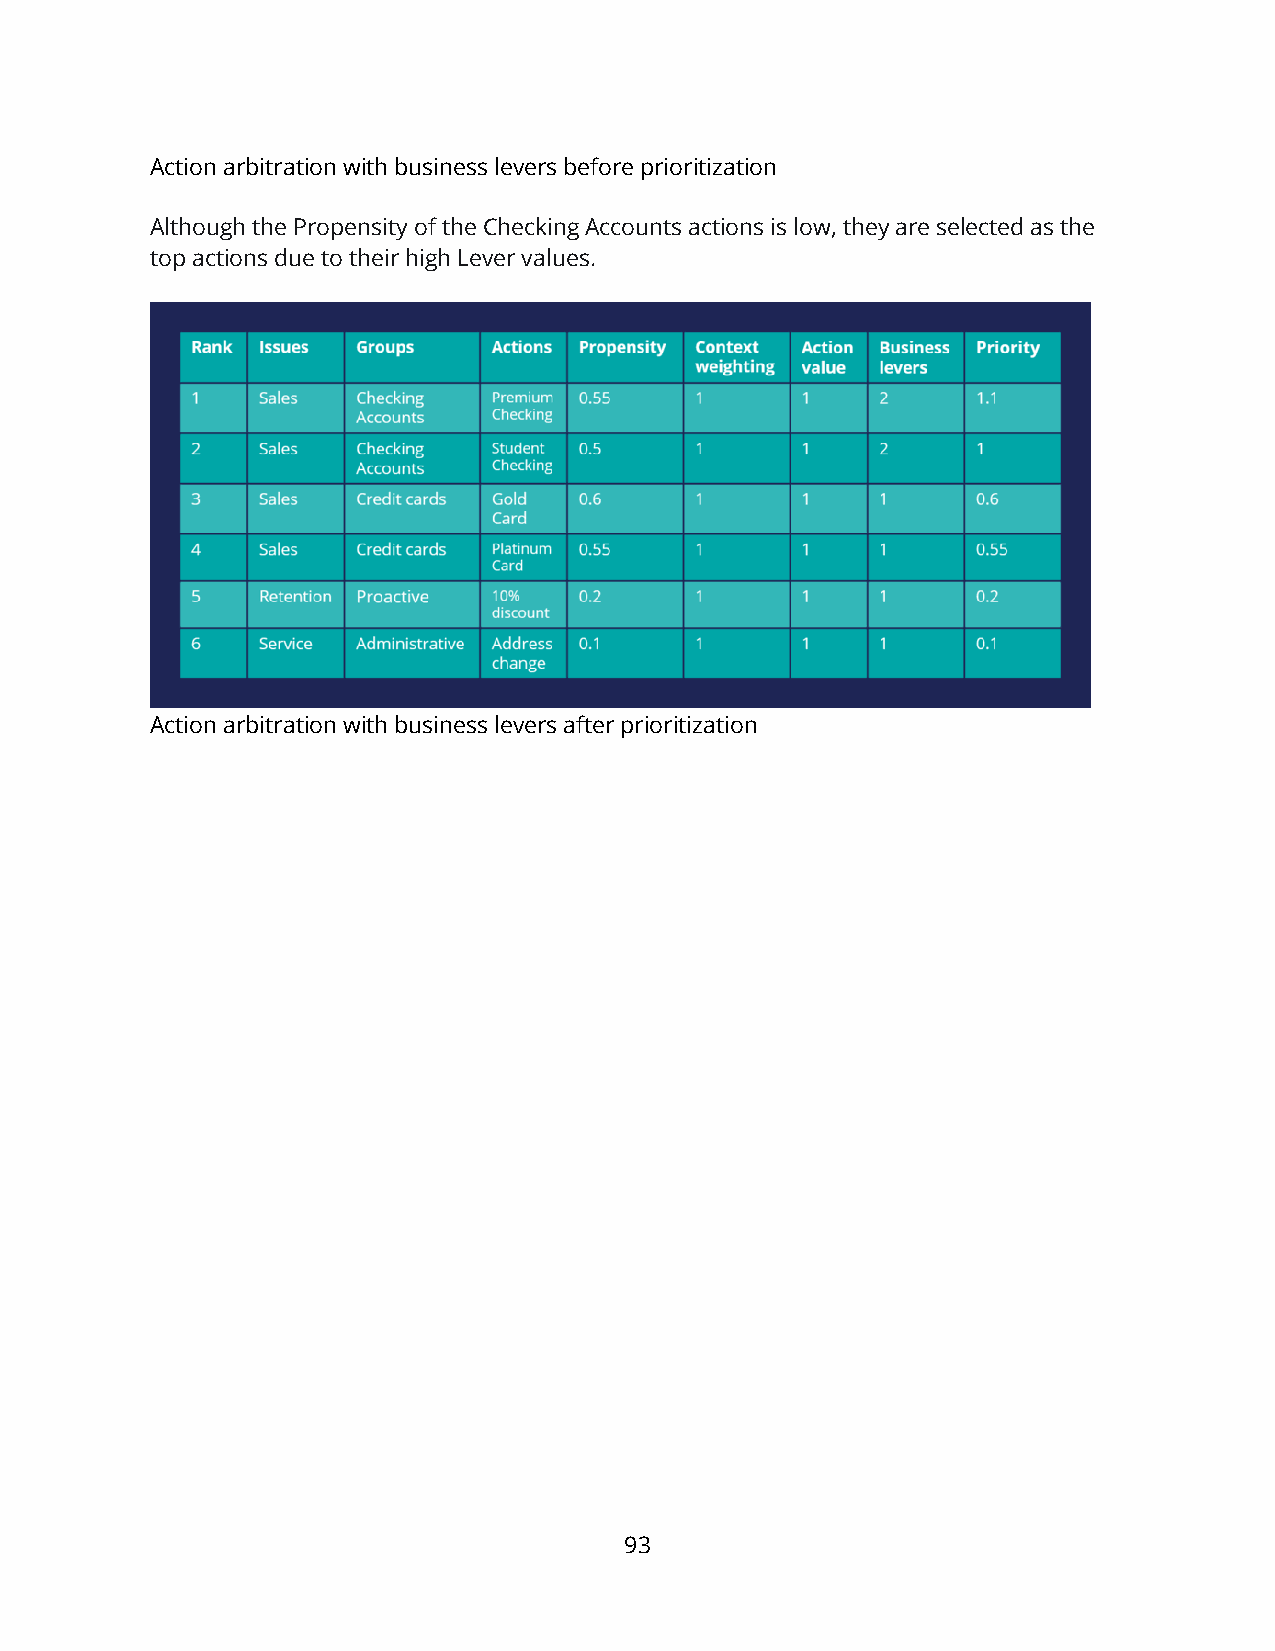
Action arbitration with business levers before prioritization
 Although the Propensity of the Checking Accounts actions is low, they are selected as the
 top actions due to their high Lever values.
 Action arbitration with business levers after prioritization
 93